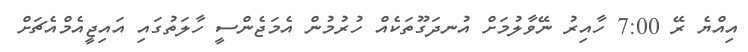
އިއްޔެ ރޭ 7:00 ހާއިރު ނޭވާލުމަށް އުނދަގޫތަކެއް ހުރުމުން އެމަޖެންސީ ހާލަތުގައި އައިޖީއެމްއެޗަށް